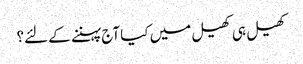
کھیل ہی کھیل میں کیا آج پہننے کے لئے؟